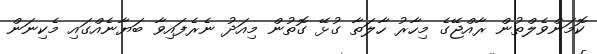
ކޮމަންވެލްތުން ރާއްޖޭގެ މިހާރު ހާލަތާ ގުޅޭ ގޮތުން މިއަދު ނެރެފައިވާ ބަޔާނެއްގައި މެކިނަން